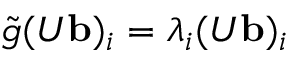
\tilde { g } ( U { \bf b } ) _ { i } = \lambda _ { i } ( U { \bf b } ) _ { i }